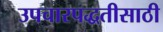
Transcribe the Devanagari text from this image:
उपचारपद्धतीसाठी